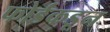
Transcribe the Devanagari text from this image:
फोर्डकडून